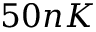
5 0 n K